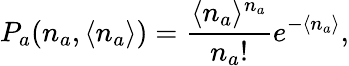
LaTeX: P_{a}(n_{a},\langle n_{a}\rangle)=\frac{\langle n_{a}\rangle^{n_{a}}}{n_{a}!}e^{-\langle n_{a}\rangle},